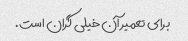
برای تعمیر آن خیلی گران است.